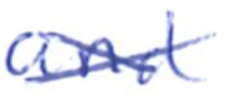
Text: and
Cross-out: cross
Writing tool: ballpoint